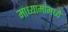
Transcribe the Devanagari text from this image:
माध्यामांमध्ये